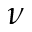
\nu